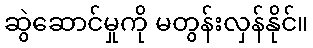
ဆွဲဆောင်မှုကို မတွန်းလှန်နိုင်။